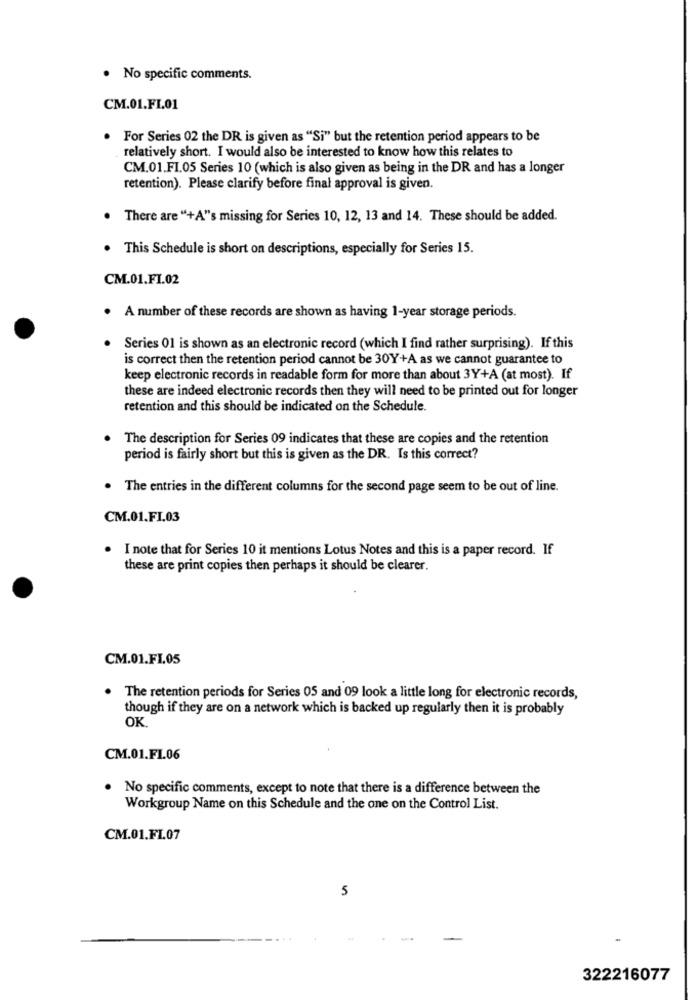
· No specific comments.
CM.01.FL.01
. For Series 02 the DR is given as "Si" but the retention period appears to be
relatively short. I would also be interested to know how this relates to
CM.01.FI.05 Series 10 (which is also given as being in the DR and has a longer
retention). Please clarify before final approval is given.
There are "+A"'s missing for Series 10, 12, 13 and 14. These should be added.
This Schedule is short on descriptions, especially for Series 15.
CM.01.FI.02
A number of these records are shown as having 1-year storage periods.
Series 01 is shown as an electronic record (which I find rather surprising). If this
is correct then the retention period cannot be 30Y+A as we cannot guarantee to
keep electronic records in readable form for more than about 3Y+A (at most). If
these are indeed electronic records then they will need to be printed out for longer
retention and this should be indicated on the Schedule.
The description for Series 09 indicates that these are copies and the retention
period is fairly short but this is given as the DR. Is this correct?
The entries in the different columns for the second page seem to be out of line.
CM.01.FI.03
. I note that for Series 10 it mentions Lotus Notes and this is a paper record. If
these are print copies then perhaps it should be clearer.
CM.01.FI.05
The retention periods for Series 05 and 09 look a little long for electronic records,
though if they are on a network which is backed up regularly then it is probably
OK
CM.01.F1.06
. No specific comments, except to note that there is a difference between the
Workgroup Name on this Schedule and the one on the Control List.
CM.01.FT.07
5
322216077